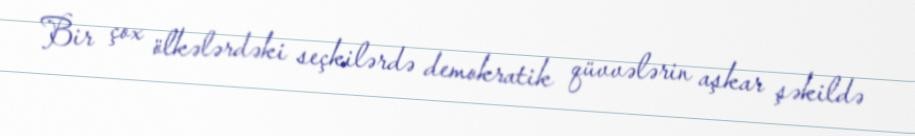
Bir çox ölkələrdəki seçkilərdə demokratik qüvvələrin aşkar şəkildə